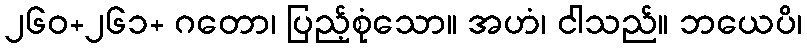
၂၆၀+၂၆၁+ ဂတော၊ ပြည့်စုံသော။ အဟံ၊ ငါသည်။ ဘယေပိ၊